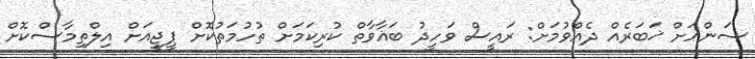
ސަންއަށް ޚަބަރެއް ދެއްވުމަށް: ރައީސް ވަހީދު ބަޣާވާތް ކުރިކަމަށް ތުހުމަތުކޮށް ޕީޖީއަށް އިލްތިމާސްކޮށް